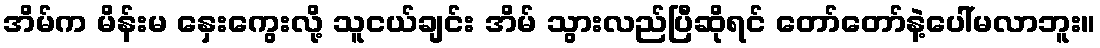
အိမ်က မိန်းမ နှေးကွေးလို့ သူငယ်ချင်း အိမ် သွားလည်ပြီဆိုရင် တော်တော်နဲ့ပေါ်မလာဘူး။